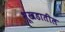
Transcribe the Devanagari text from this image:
भूखडातील